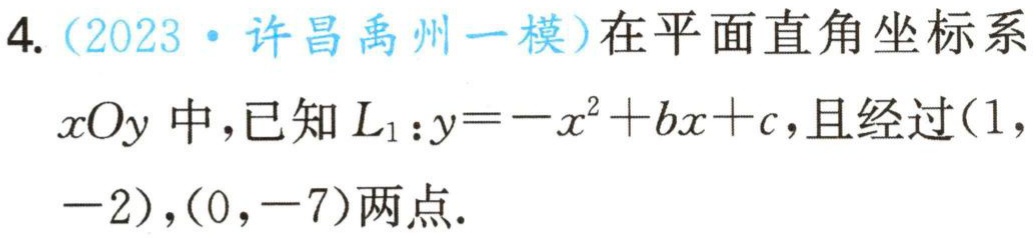
4. (2023·许昌禹州一模)在平面直角坐标系
$xOy$中，已知$L_{1}:y=-x^{2}+bx + c$，且经过$(1, - 2)$，$(0, - 7)$两点.